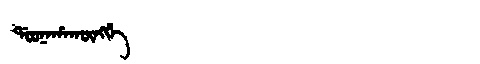
Manchu: ᡩᠣᠣᠨᠠᡥᠠᡴᡡᠩᡤᡝ
Romanization: DOONAHAKŪNGGE